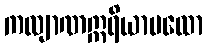
ကလျာဏဣရိယာပထော